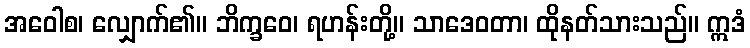
အဝေါစ၊ လျှောက်၏။ ဘိက္ခဝေ၊ ရဟန်းတို့။ သာဒေဝတာ၊ ထိုနတ်သားသည်။ ဣဒံ